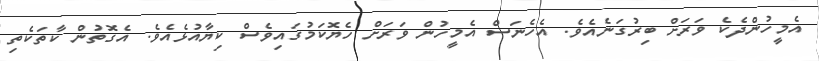
އެމީހުންދެކެ ވަރަށް ބިރުގަނެއެވެ. އެހެނަސް އެމީހުން ވަރަށް ހެޔޮކަމުގައިވެސް ކިޔާއުޅެއެވެ. އެގޮތުން ކާތަކެތި